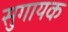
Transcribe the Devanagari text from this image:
सुगायक